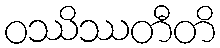
ဝဿိဿတီတိ